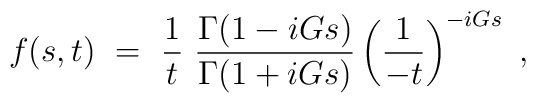
f(s,t)~=~{1 \over t}~\frac{\Gamma(1-iGs)}{\Gamma(1+iGs)}\left(\frac{1}{-t}\right)^{-iGs}~,